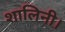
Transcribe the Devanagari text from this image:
शालिनी।